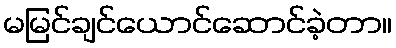
မမြင်ချင်ယောင်ဆောင်ခဲ့တာ။